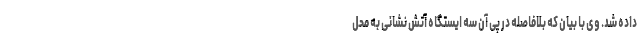
داده شد. وی با بیان که بلافاصله در پی آن سه ایستگاه آتش نشانی به محل